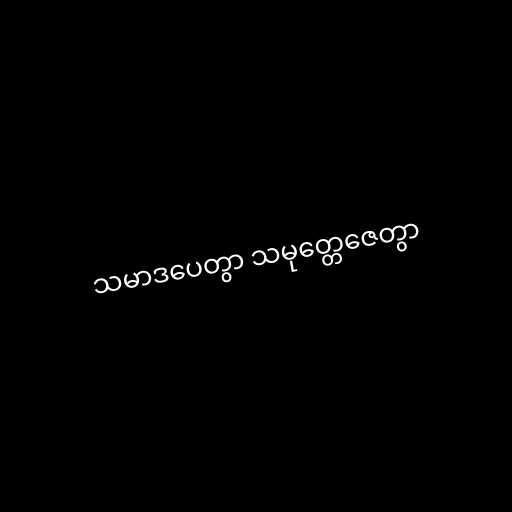
သမာဒပေတွာ သမုတ္တေဇေတွာ